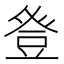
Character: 𭽁